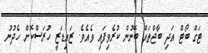
ޓަގް ބޯޓް އަދި ބާޖްތައް ބޭނުން ކުރެވިފައި ވެއެވެ. ޒައިޑަޒީ ހުރަސްކޮށް ހެދުނު